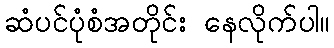
ဆံပင်ပုံစံအတိုင်း နေလိုက်ပါ။